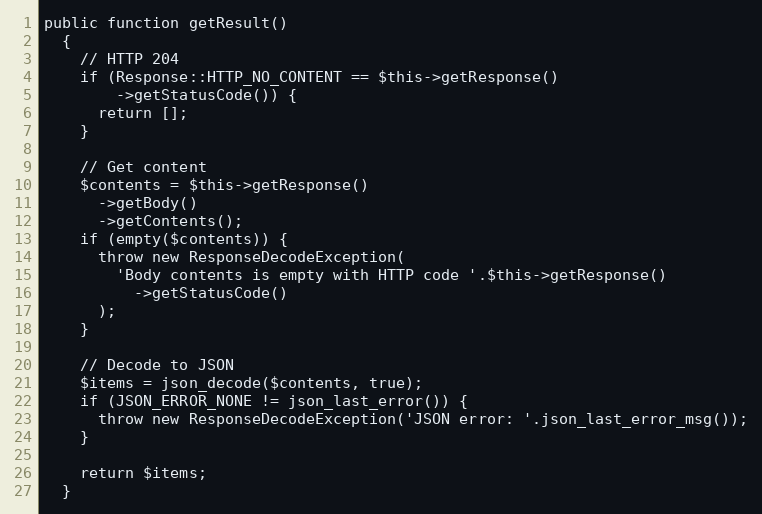
Language: PHP
public function getResult()
  {
    // HTTP 204
    if (Response::HTTP_NO_CONTENT == $this->getResponse()
        ->getStatusCode()) {
      return [];
    }

    // Get content
    $contents = $this->getResponse()
      ->getBody()
      ->getContents();
    if (empty($contents)) {
      throw new ResponseDecodeException(
        'Body contents is empty with HTTP code '.$this->getResponse()
          ->getStatusCode()
      );
    }

    // Decode to JSON
    $items = json_decode($contents, true);
    if (JSON_ERROR_NONE != json_last_error()) {
      throw new ResponseDecodeException('JSON error: '.json_last_error_msg());
    }

    return $items;
  }